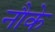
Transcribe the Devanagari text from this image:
नौके